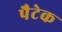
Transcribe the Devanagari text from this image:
पैटेक